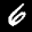
Label: 6